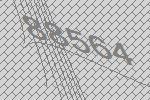
88564